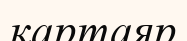
қартаяр